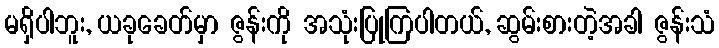
မရှိပါဘူး, ယခုခေတ်မှာ ဇွန်းကို အသုံးပြုကြပါတယ်, ဆွမ်းစားတဲ့အခါ ဇွန်းသံ